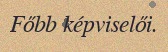
Főbb képviselői.